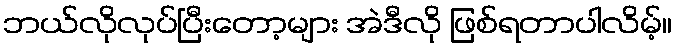
ဘယ်လိုလုပ်ပြီးတော့များ အဲဒီလို ဖြစ်ရတာပါလိမ့်။